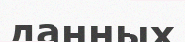
данных